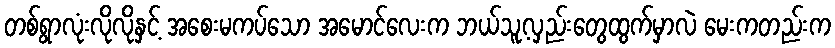
တစ်ရွာလုံးလိုလိုနှင့် အစေးမကပ်သော အမောင်လေးက ဘယ်သူ့လှည်းတွေထွက်မှာလဲ မေးကတည်းက